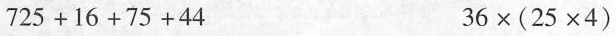
$$7 2 5+1 6+7 5+4 4$$ $$3 6\times(2 5\times4)$$